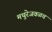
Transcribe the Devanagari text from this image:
मथुरेजवळच